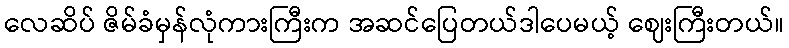
လေဆိပ် ဇိမ်ခံမှန်လုံကားကြီးက အဆင်ပြေတယ်ဒါပေမယ့် ဈေးကြီးတယ်။